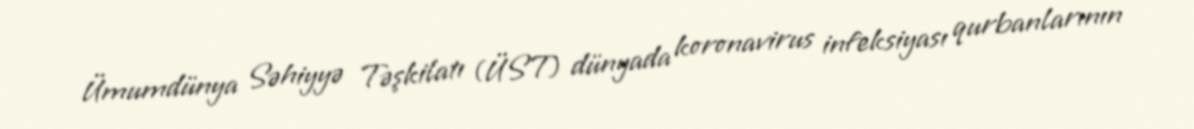
Ümumdünya Səhiyyə Təşkilatı (ÜST) dünyada koronavirus infeksiyası qurbanlarının